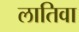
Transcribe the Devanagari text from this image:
लातिवा